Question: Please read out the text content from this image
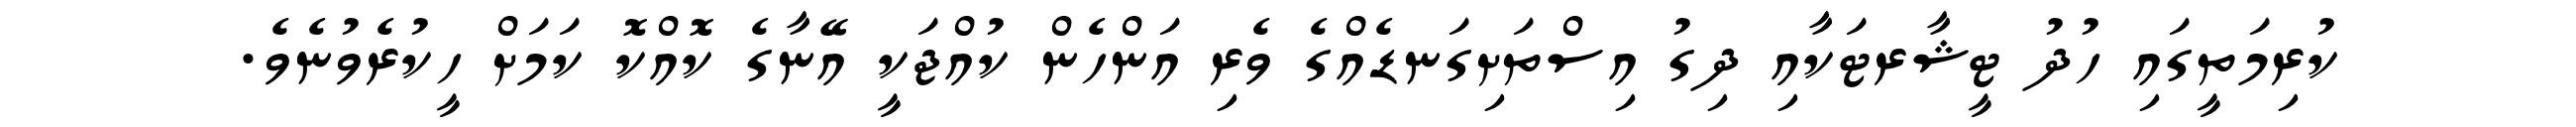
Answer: ކުރިމަތީގައި ހުދު ޓީޝާރޓަކާއި ދިގު އިސްތަށިގަނޑެއްގެ ވެރި އަންހެން ކުއްޖަކީ އޭނާގެ ކޮއްކޮ ކަމަށް ހީކުރެވުނެވެ.